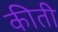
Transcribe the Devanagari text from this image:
कीती